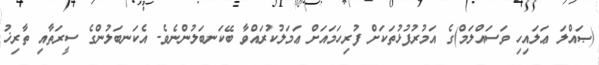
(ޞައްލަ ޢަލައިހި ވަސައްލަމް)ގެ އަމުރުފުޅުތަކަށް ފުރިހަމައަށް ޢަމަލުކުރައްވާ ބޭކަނބަލުންނެވެ. އެކަނބަލުންގެ ސީރަތާއި ތާރިޚު